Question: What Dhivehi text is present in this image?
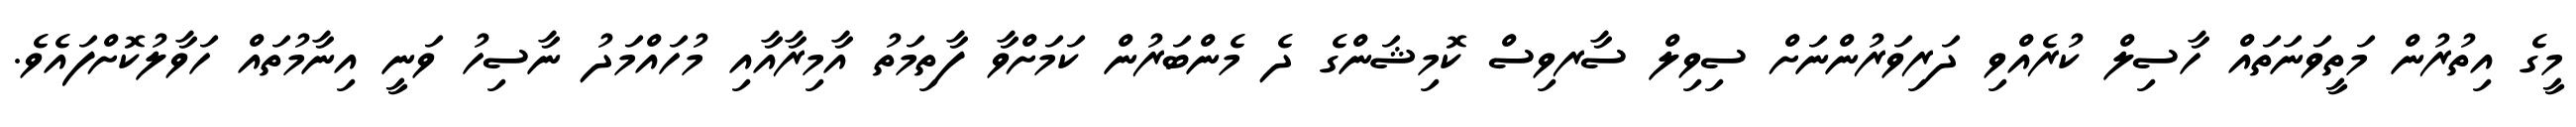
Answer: މީގެ އިތުރުން މަތީވަނަތައް ހާސިލް ކުރެއްވި ދަރިވަރުންނަށް ސިވިލް ސާރވިސް ކޮމިޝަންގެ ދެ މެންބަރުން ކަމަށްވާ ފާތިމަތު އާމިރާއާއި މުހައްމަދު ނާސިހު ވަނީ އިނާމުތައް ހަވާލުކޮށްފައެވެ.